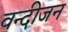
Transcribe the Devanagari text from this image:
वन्दीजन